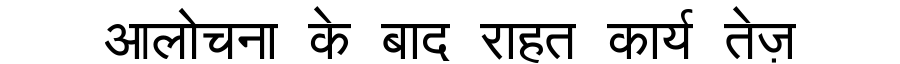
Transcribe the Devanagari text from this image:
आलोचना के बाद राहत कार्य तेज़